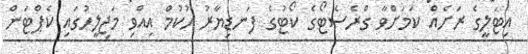
އިޓަލީގެ ރަށެއް ކަމަށްވާ ގްރެސެޓޯގެ ކޯޓުގެ ފަނޑިޔާރު ހުކުމް އިއްވި މަޖިލީހުގައި ކެޕްޓަން